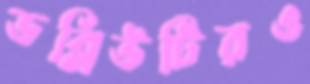
ডব্লিউটিরও